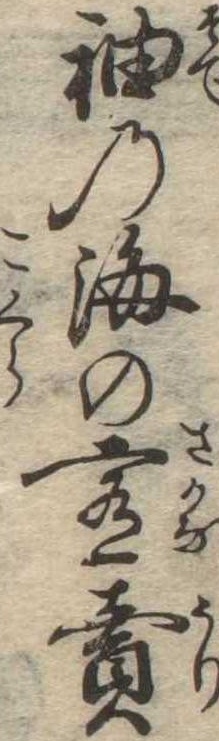
袖の海の肴売